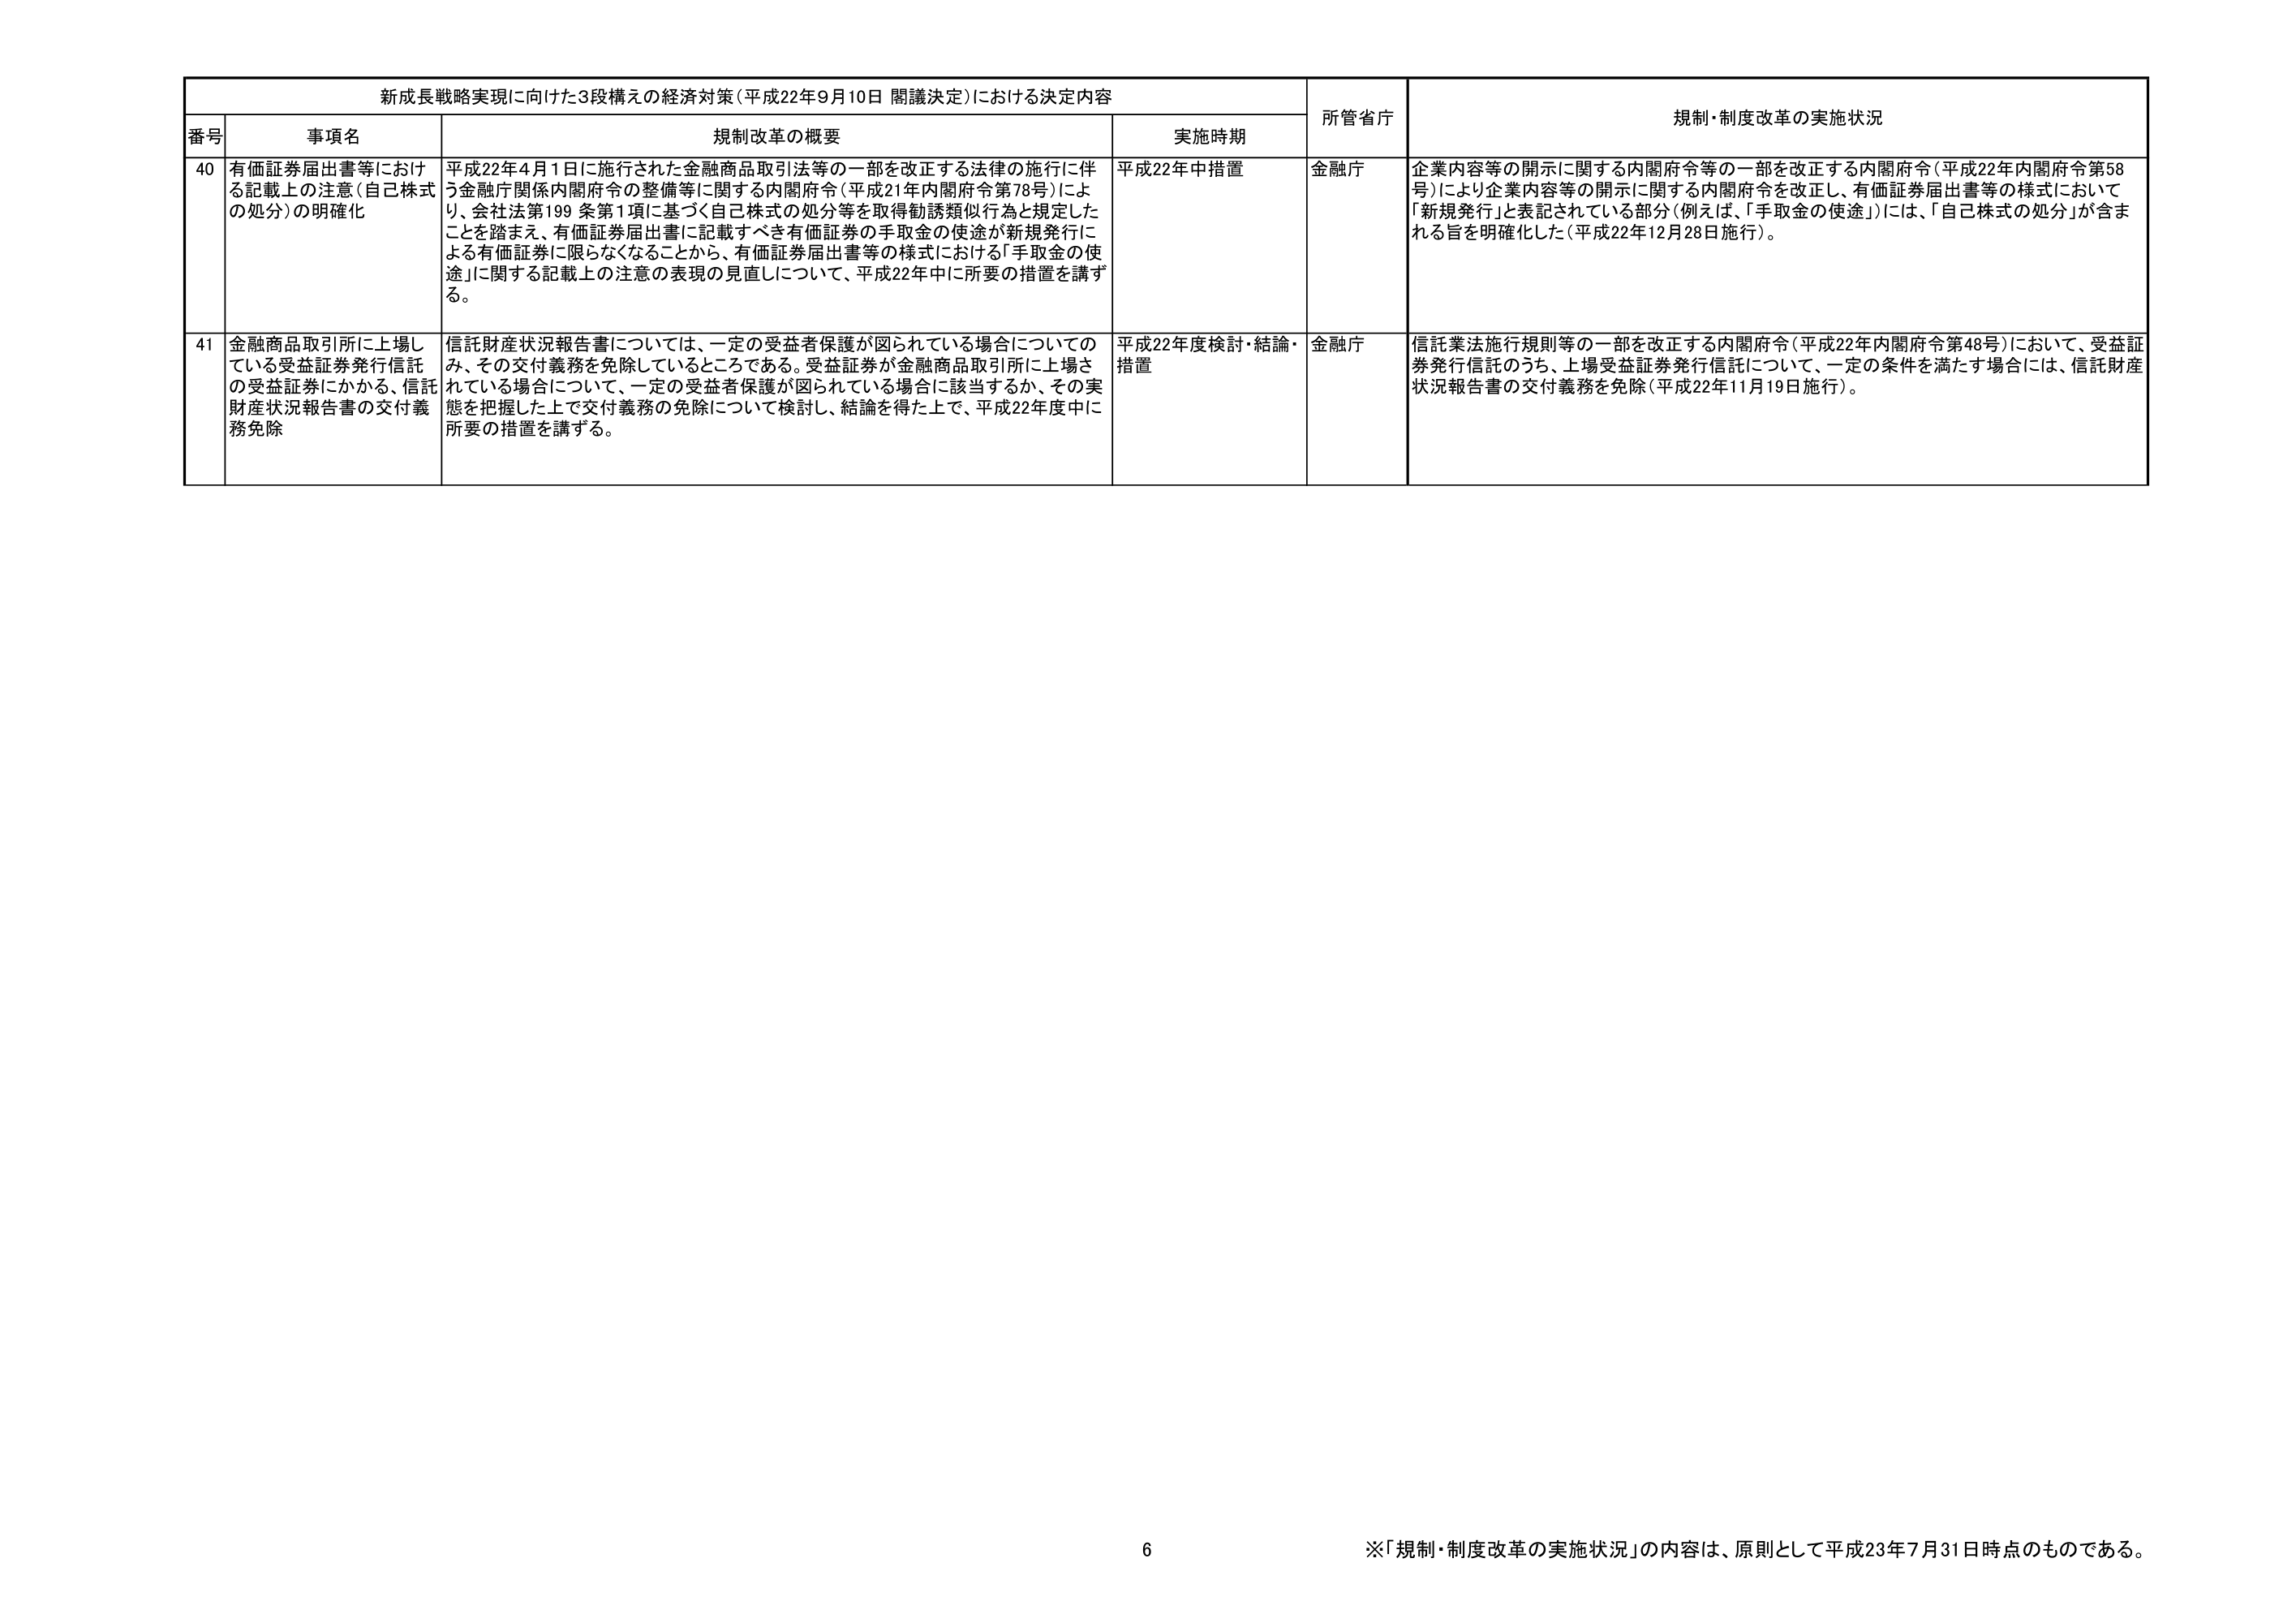
新成長戦略実現に向けた3段構えの経済対策（平成22年9月10日 閣議決定）における決定内容

番号 事項名 規制改革の概要 実施時期 所管省庁 規制・制度改革の実施状況

40 有価証券届出書等における記載上の注意（自己株式の処分）の明確化 平成22年4月1日に施行された金融商品取引法等の一部を改正する法律の施行に伴う金融庁関係内閣府令の整備等に関する内閣府令（平成21年内閣府令第78号）により、会社法第199条第1項に基づく自己株式の処分等を取得勧誘類似行為と規定したことを踏まえ、有価証券届出書に記載すべき有価証券の手取金の使途が新規発行による有価証券に限らなくなることから、有価証券届出書等の様式における「手取金の使途」に関する記載上の注意の表現の見直しについて、平成22年中に所要の措置を講ずる。 平成22年中措置 金融庁 企業内容等の開示に関する内閣府令等の一部を改正する内閣府令（平成22年内閣府令第58号）により企業内容等の開示に関する内閣府令を改正し、有価証券届出書等の様式において「新規発行」と表記されている部分（例えば、「手取金の使途」）には、「自己株式の処分」が含まれる旨を明確化した（平成22年12月28日施行）。

41 金融商品取引所に上場している受益証券発行信託の受益証券にかかる、信託財産状況報告書の交付義務免除 信託財産状況報告書については、一定の受益者保護が図られている場合についてのみ、その交付義務を免除しているところである。受益証券が金融商品取引所に上場されている場合について、一定の受益者保護が図られている場合に該当するか、その実態を把握した上で交付義務の免除について検討し、結論を得た上で、平成22年度中に所要の措置を講ずる。 平成22年度検討・結論・措置 金融庁 信託業法施行規則等の一部を改正する内閣府令（平成22年内閣府令第48号）において、受益証券発行信託のうち、上場受益証券発行信託について、一定の条件を満たす場合には、信託財産状況報告書の交付義務を免除（平成22年11月19日施行）。

※「規制・制度改革の実施状況」の内容は、原則として平成23年7月31日時点のものである。

6